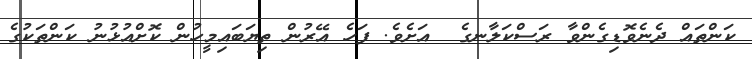
ކަންތައް ދެނެވޮޑިގެންވާ ރަސްކަލާނގެ  އަށެވެ. ފަހެ އޭރުން ތިޔަބައިމީހުން ކޮށްއުޅުނު ކަންތަކުގެ